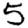
Digit: 5